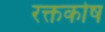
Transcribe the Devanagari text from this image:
रक्तकोष